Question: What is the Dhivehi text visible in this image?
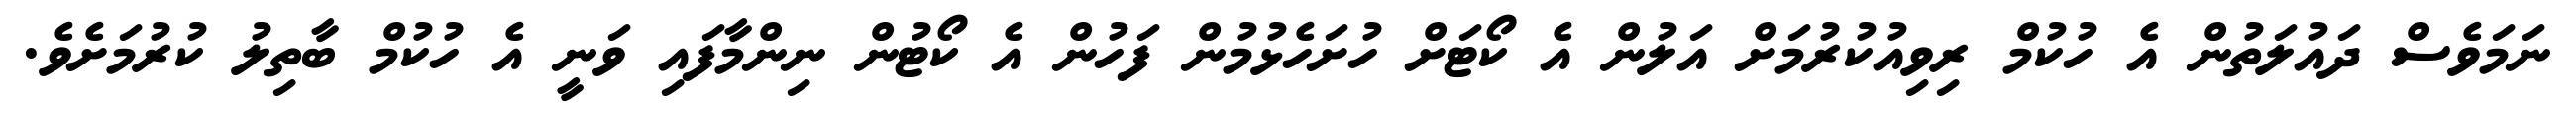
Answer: ނަމަވެސް ދައުލަތުން އެ ހުކުމް ރިވިއުކުރުމަށް އަލުން އެ ކޯޓަށް ހުށަހެޅުމުން ފަހުން އެ ކޯޓުން ނިންމާފައި ވަނީ އެ ހުކުމް ބާތިލު ކުރުމަށެވެ.